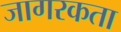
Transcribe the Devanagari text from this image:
जागरकता